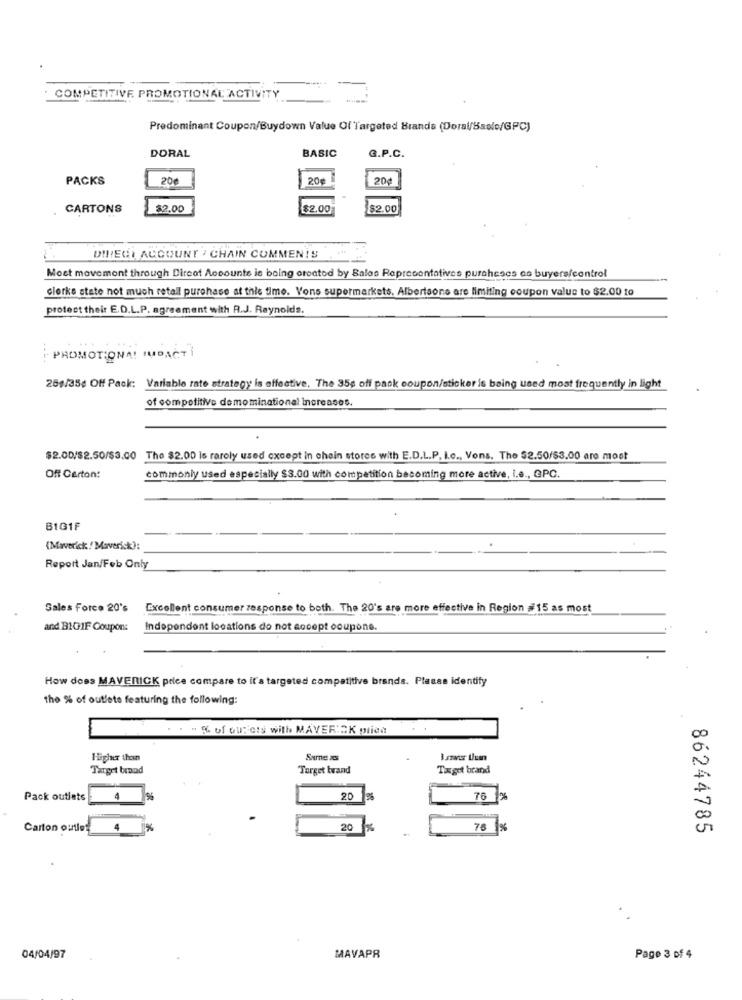
COMPETITIVE PROMOTIONAL ACTIVITY
Predominant Coupon/Buydown Value Of Targeted Brands (Doral/Bsolo/GPC)
DORAL
BASIC
G.P.C.
PACKS
20
20€
20g
CARTONS
$2.00
$2.00
$2.00
DIRECT ACCOUNT / CHAIN COMMENTS
Moct movement through Direat Accounte ie boing created by Balas Representatives puraheses as buyers/control
clorke state not much retall purchase at this time. Vons supermarkets. Albertsons are limiting coupon value to $2.00 to
protect their E.D.L.P. agreement with R.J. Reynolds.
---
PROMOTIONAL HUDACTI
25$/35¢ Off Pack: Variable rate strategy is effective, The 35g off pack coupon/sticker is being used most frequently in light
of competitive demominational Increases.
$2.00/$2.50/$3.00 The $2.00 is rarely used except in chain stores with E.D.L.P. I.c ., Vons. The $2.50/$3.00 are most
Off Carton:
commonly used especially $3.00 with competition becoming more active, i.e ., GPC.
B1G1F
(Maverick / Maverick):
Report Jan/Feb Only
Sales Force 20's
Excellent consumer response to both. The 20's are more effective in Region #15 as most
and BIG1F Coupon:
Independent locations do not accept coupone.
How does MAVERICK price compare to it's targeted competitive brands. Please identify
the % of outlets featuring the following:
" % of our ets with MAVERICK plica
Higher than
Same as
Target brand
Target brand
Target brand
Pack outlets
4
20
1%
76 %
Carton outlet
4 %
20
78 %
86244785
04/04/97
MAVAPR
Page 3 of 4